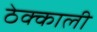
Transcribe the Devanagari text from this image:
ठेक्काली